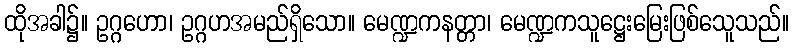
ထိုအခါ၌။ ဥဂ္ဂဟော၊ ဥဂ္ဂဟအမည်ရှိသော။ မေဏ္ဍကနတ္တာ၊ မေဏ္ဍကသူဋ္ဌေးမြေးဖြစ်သေူသည်။